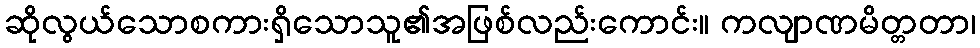
ဆိုလွယ်သောစကားရှိသောသူ၏အဖြစ်လည်းကောင်း။ ကလျာဏမိတ္တတာ၊